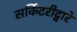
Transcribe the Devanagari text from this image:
सर्किटरीद्वारे